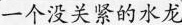
一个没关紧的水龙